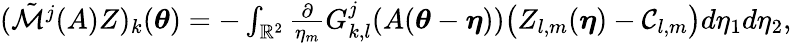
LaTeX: \begin{array}{r}{(\tilde{\mathcal{M}}^{j}(A)Z)_{k}({\boldsymbol{\theta}})=-\int_{\mathbb{R}^{2}}\frac{\partial}{\eta_{m}}G_{k,l}^{j}(A({\boldsymbol{\theta}}-{\boldsymbol{\eta}}))\big(Z_{l,m}({\boldsymbol{\eta}})-\mathcal{C}_{l,m}\big)d\eta_{1}d\eta_{2},}\end{array}